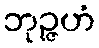
ဘုဉ္ဇဟံ